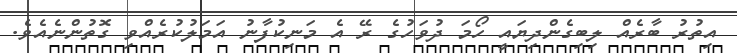
އިތުރު ބާރެއް ލިބިގެންދިޔައީ ހޯމަ ދުވަހުގެ ރޭ އެ މަނިކުފާނު އަމަލުކުރެއްވި ގޮތުންނެއެވެ.